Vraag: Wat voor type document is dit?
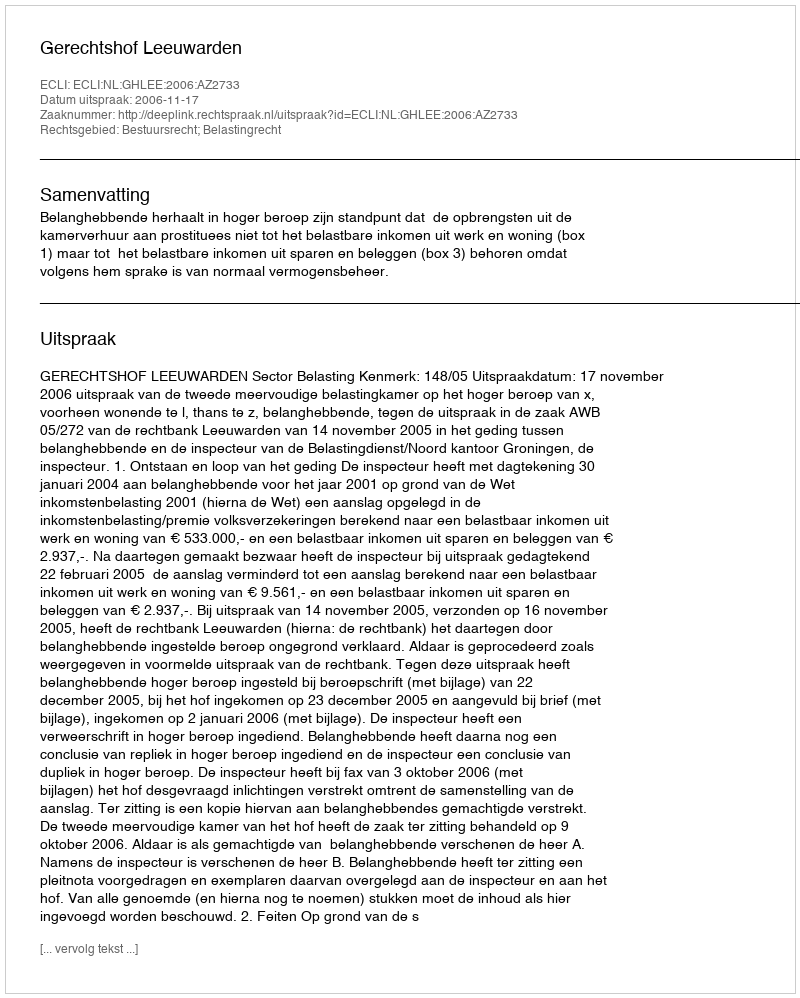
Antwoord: Uitspraak